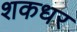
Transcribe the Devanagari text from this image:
शकधर